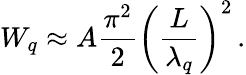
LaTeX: W_{q}\approx A\frac{\pi^{2}}{2}\left(\frac{L}{\lambda_{q}}\right)^{2}\, .